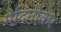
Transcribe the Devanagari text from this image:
मेदिनीकर